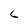
Character: 6